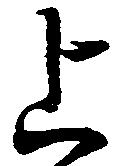
上